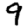
Digit: 9